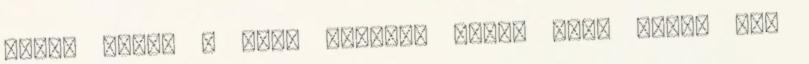
Talán eléri a célt időben, talán nem. Egész nap